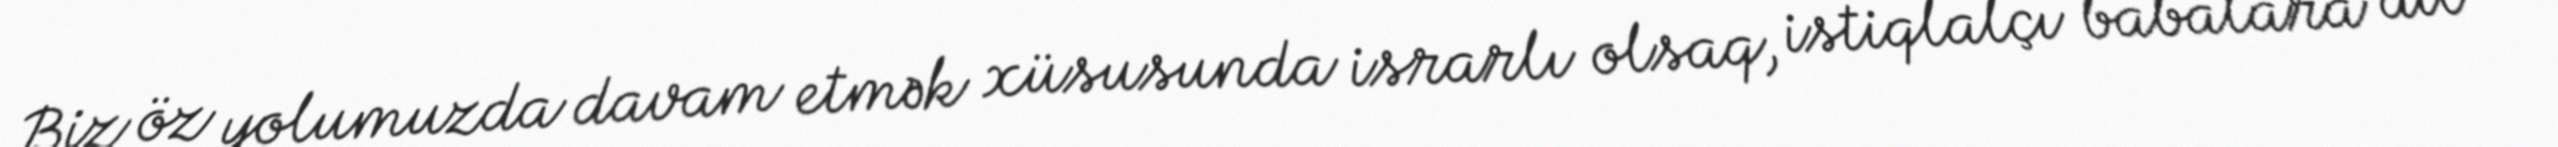
Biz öz yolumuzda davam etmək xüsusunda israrlı olsaq, istiqlalçı babalara dil